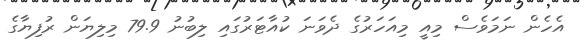
އެހެން ނަމަވެސް މިއީ މިއަހަރުގެ ދެވަނަ ކުއާޓަރުގައި ލިބުނު 79.9 މިލިޔަން ރުފިޔާގެ